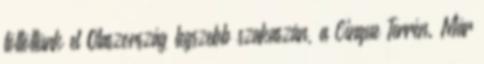
töltöttünk el Olaszország legszebb szakaszán, a Cinque Terrén. Már